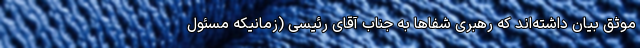
موثق بیان داشته‌اند که رهبری شفاهاً به جناب آقای رئیسی (زمانیکه مسئول